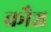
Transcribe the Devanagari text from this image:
क्रौञ्च